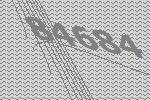
84684